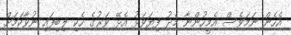
އެހެން ނަމަވެސް އެމީހުންނާ މެދު ފިޔަވަޅު އެޅޭ ވަރުގެ ހެކި ލިބިފައި ނުވާކަމަށް